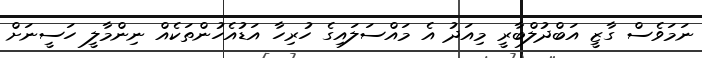
ނަމަވެސް ގާޒީ އަބްދުލްބާރީ މިއަދު އެ މައްސަލައިގެ ހުރިހާ އަޑުއެހުންތަކެއް ނިންމާލީ ހަސީނަށް